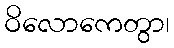
ဝိလောကေတွာ၊